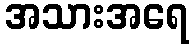
အသားအရေ